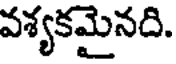
వశ్యకమైనది.